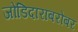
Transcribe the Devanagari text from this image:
जोडिदाराबरोबर